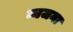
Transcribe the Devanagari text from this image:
व्यजना